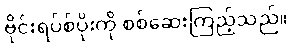
ဗိုင်းရပ်စ်ပိုးကို စစ်ဆေးကြည့်သည်။